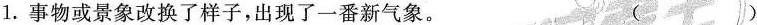
1.事物或景象改换了样子，出现了一番新气象。 ( )